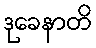
ဒုခေနာတိ